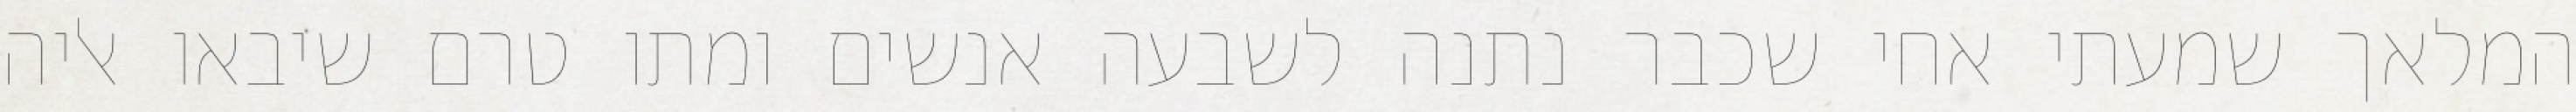
המלאך שמעתי אחי שכבר נתנה לשבעה אנשים ומתו טרם שיבאו אליה